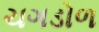
ચગડોળ